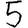
Digit: 5